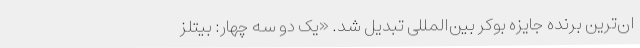
ان‌ترین برنده جایزه بوکر بین‌المللی تبدیل شد. «یک دو سه چهار: بیتلز